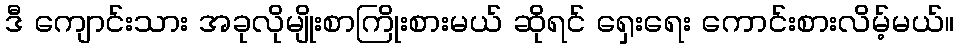
ဒီ ကျောင်းသား အခုလိုမျိုးစာကြိုးစားမယ် ဆိုရင် ရှေးရေး ကောင်းစားလိမ့်မယ်။